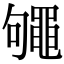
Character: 䵶